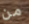
من